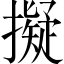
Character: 擬